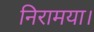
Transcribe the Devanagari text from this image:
निरामया।